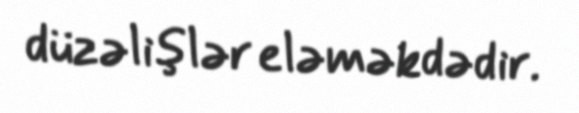
düzəlişlər eləməkdədir.